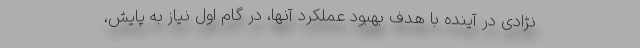
نژادی در آینده با هدف بهبود عملکرد آنها، در گام اول نیاز به پایش،